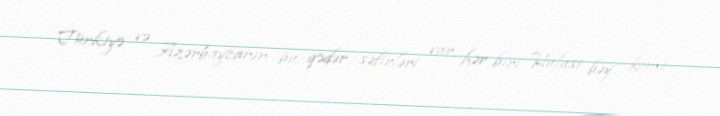
Türkiyə və Azərbaycanın bu qədər səfirləri var, hər biri Hulusi bəy kimi